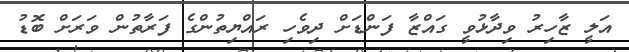
އަލީ ޒާހިރު ވިދާޅުވީ ގައްޒާ ފަންޑަށް ދިވެހި ރައްޔިތުންގެ ފަރާތުން ވަރަށް ބޮޑު